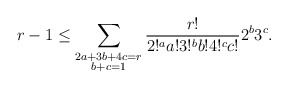
\begin{align*} r-1 \leq \sum_{\substack{2a + 3b + 4c = r \\ b + c = 1}} \frac{r!}{2!^a a! 3!^b b! 4!^c c!} 2^b 3^c. \end{align*}